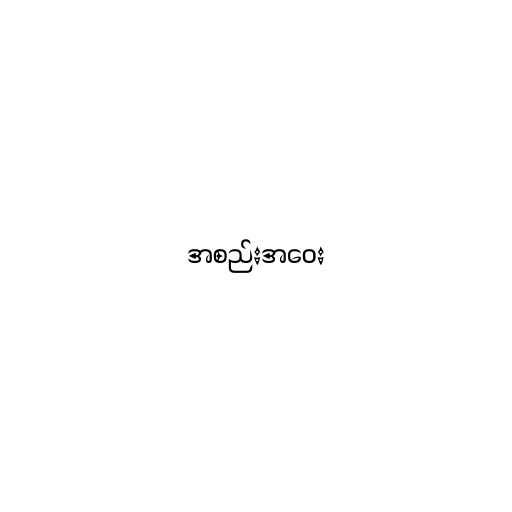
အစည်းအဝေး